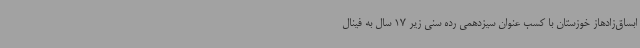
ابساق‌زادهاز خوزستان با کسب عنوان سیزدهمی رده سنی زیر 17 سال به فینال